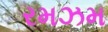
રમઝમ